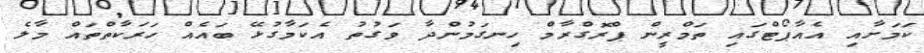
ކަމަށާއި އެއާޕޯޓްގައި ތަމްރީން ޕްރޮގްރާމް ހިނގަމުންދާ ވަގުތު އެކަމާގުޅޭ ބައެއް ހަރަކާތްތައް މާލެ